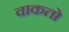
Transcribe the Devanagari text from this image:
वाकतो